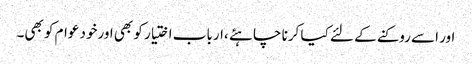
اور اسے روکنے کے لئے کیا کرنا چاہئے ،ارباب اختیار کو بھی اورخود عوام کو بھی۔